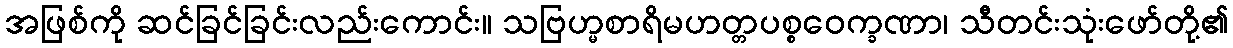
အဖြစ်ကို ဆင်ခြင်ခြင်းလည်းကောင်း။ သဗြဟ္မစာရိမဟတ္တပစ္စဝေက္ခဏာ၊ သီတင်းသုံးဖော်တို့၏